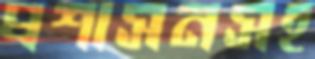
প্রশাসনসহ